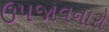
ઉપજાવનારો